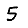
Digit: 5